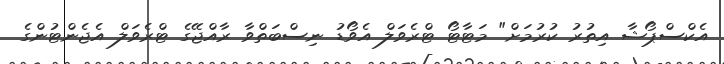
އެކްސްޕޯޝާ އިތުރު ކުރުމަށް" މަޓާޓޯ ޓްރެވަލް އެވޯޑު ނިސްބަތްވާ ރާއްޖޭގެ ޓްރެވަލް އެޖެންޓުންގެ